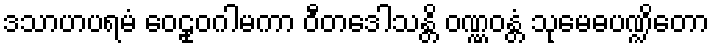
ဒသာဟပရမံ ဝေဠုဝဂါမကာ ဝီတဒေါသန္တိ ဝဏ္ဏဝန္တံ သုမေဓပဏ္ဍိတော